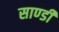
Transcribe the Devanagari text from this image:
साण्‍डी